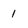
Character: 1